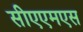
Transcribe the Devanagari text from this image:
सीएएमएस